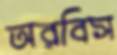
অরবিস